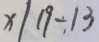
x \vert 1 9 - 1 3